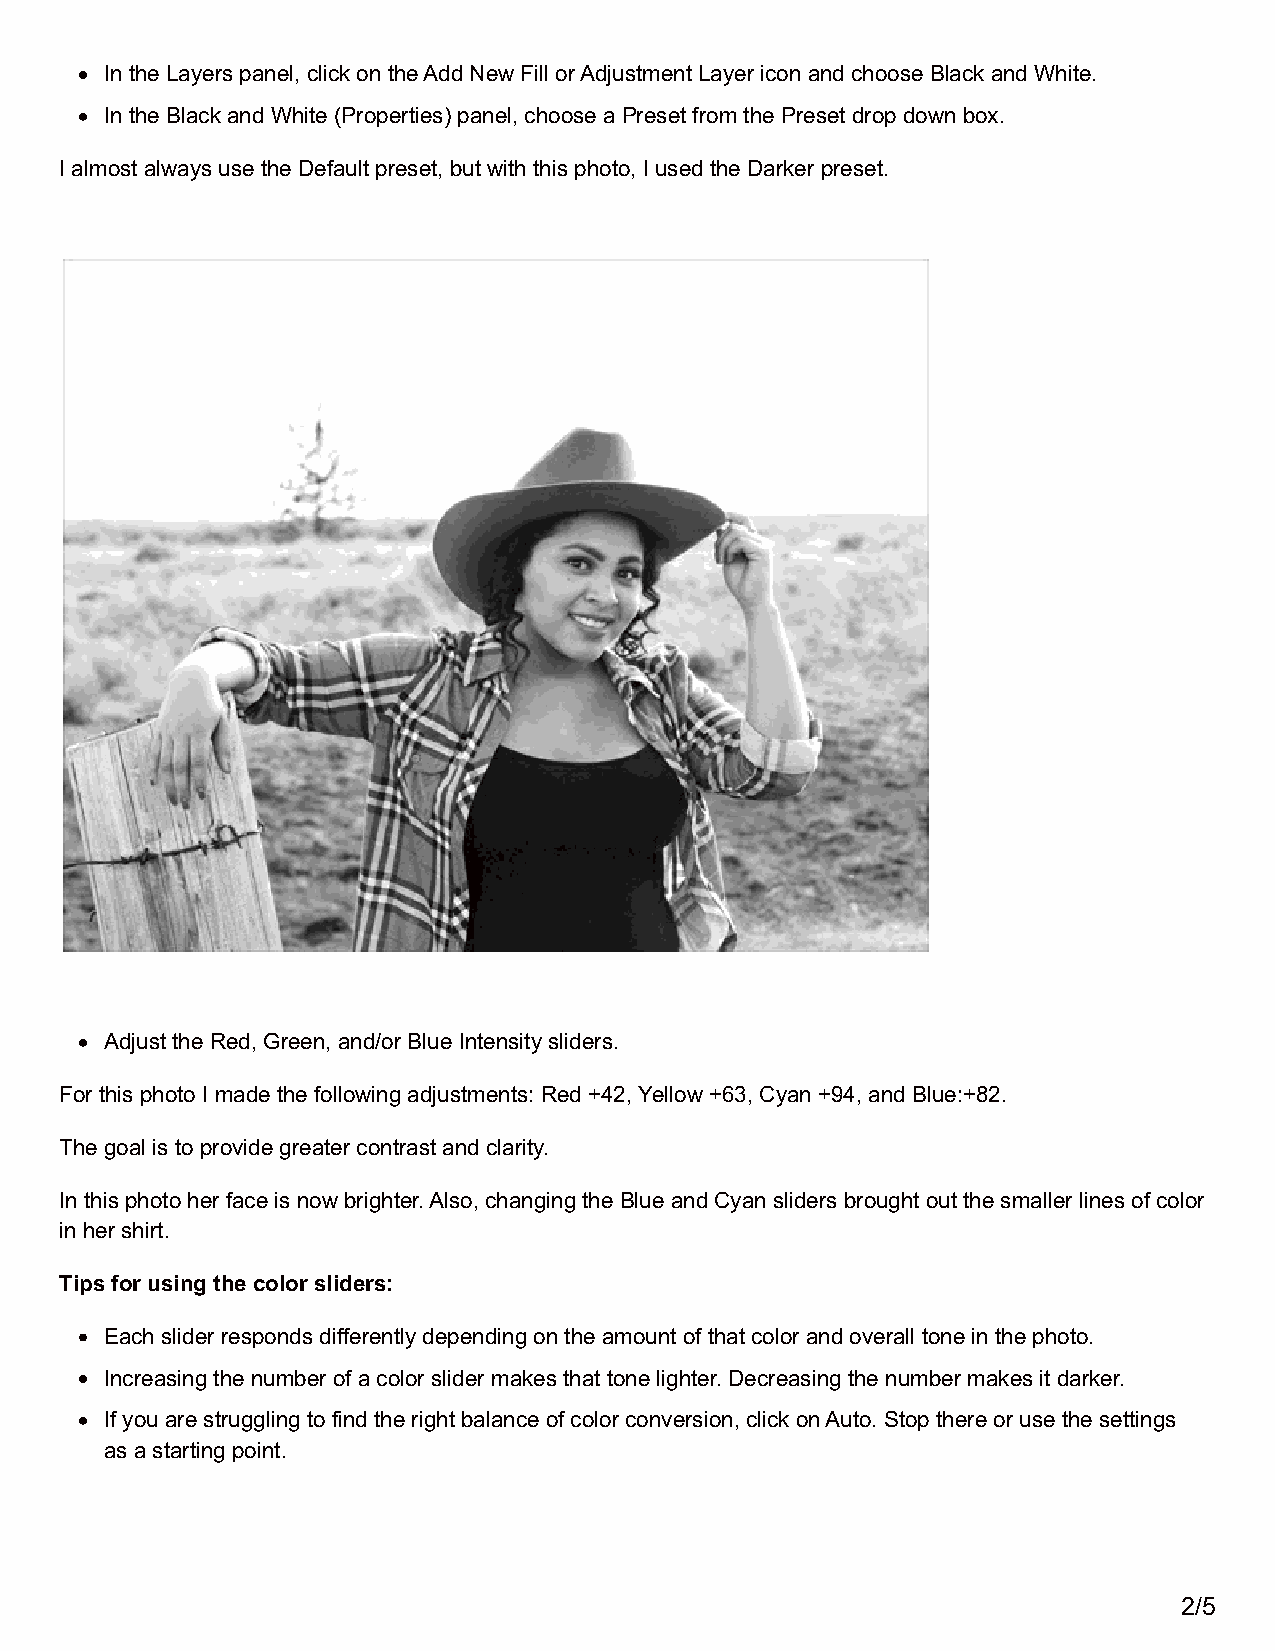
In the Layers panel, click on the Add New Fill or Adjustment Layer icon and choose Black and White.
 In the Black and White (Properties) panel, choose a Preset from the Preset drop down box.
 I almost always use the Default preset, but with this photo, I used the Darker preset.
 Adjust the Red, Green, and/or Blue Intensity sliders.
 For this photo I made the following adjustments: Red +42, Yellow +63, Cyan +94, and Blue:+82.
 The goal is to provide greater contrast and clarity.
 In this photo her face is now brighter. Also, changing the Blue and Cyan sliders brought out the smaller lines of color
 in her shirt.
 Tips for using the color sliders:
 Each slider responds differently depending on the amount of that color and overall tone in the photo.
 Increasing the number of a color slider makes that tone lighter. Decreasing the number makes it darker.
 If you are struggling to find the right balance of color conversion, click on Auto. Stop there or use the settings
 as a starting point.
 2/5